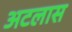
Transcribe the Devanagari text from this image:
अटलास